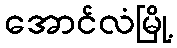
အောင်လံမြို့